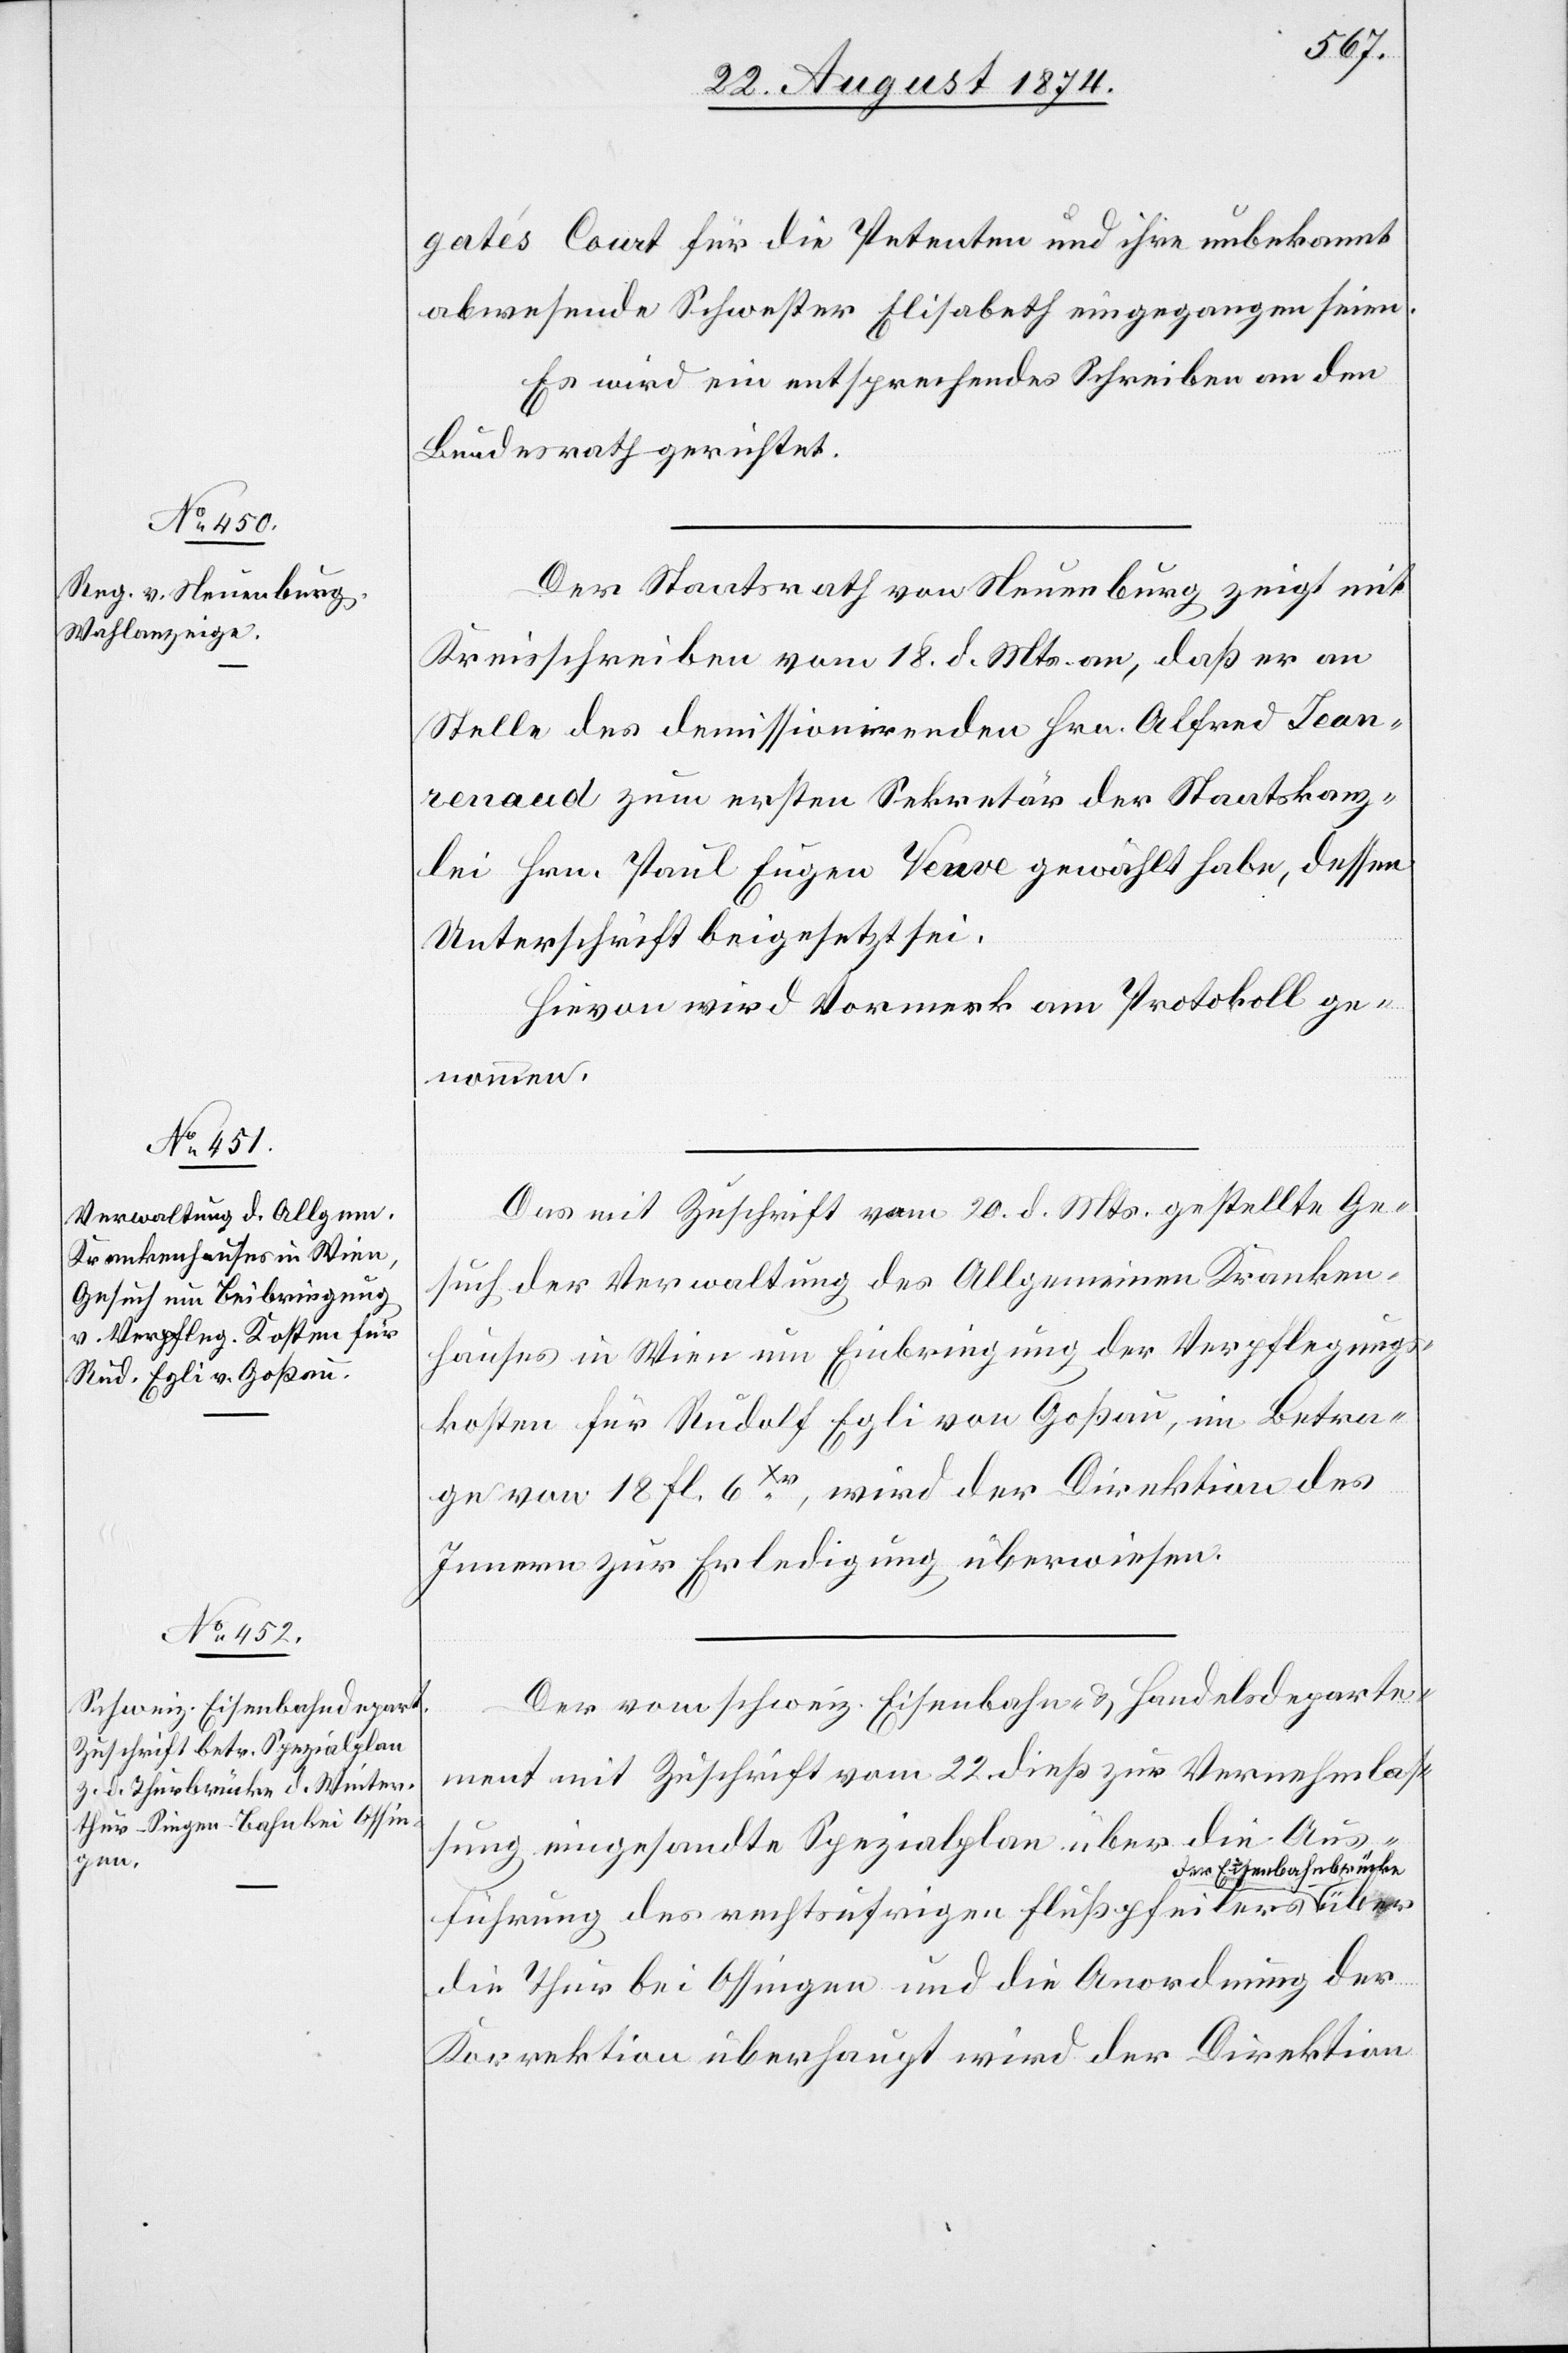
25. August 1874.]
gatés Court für die Petenten und ihre unbekannt
abwesende Schwester Elisabeth eingegangen seien.
Es wird ein entsprechendes Schreiben an den
Bundesrath gerichtet.
Der Staatsrath von Neuenburg zeigt mit
Kreisschreiben vom 18. d. Mts. an, daß er an
Stelle des demissionirenden Hrn. Alfred Jean¬
renaud zum ersten Sekretär der Staatskanz¬
lei Hrn. Paul Eugen Veuve gewählt habe, dessen
Unterschrift beigesetzt sei.
Hievon wird Vormerk am Protokoll ge¬
nommen.
Das mit Zuschrift vom 20. d. Mts. gestellte Ge¬
such der Verwaltung des Allgemeinen Kranken¬
hauses in Wien um Einbringung der Verpflegungs¬
kosten für Rudolf Egli von Goßau, im Betra¬
ge von 18. fl. 6 Xr., wird der Direktion des
Innern zur Erledigung überwiesen.
Der vom schweiz. Eisenbahn- u. Handelsdeparte¬
ment mit Zuschrift vom 22. dieß zur Vernehmlas¬
sung eingesandte Spezialplan über die Aus¬
der Eisenbahnbrücke
führung des rechtsufrigen Flußpfeilers
die Thur bei Ossingen und die Anordnung der
Korrektion überhaupt wird der Direktion